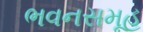
ભવનસમૂહ